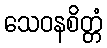
သေဝနစိတ္တံ